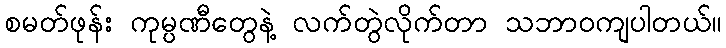
စမတ်ဖုန်း ကုမ္ပဏီတွေနဲ့ လက်တွဲလိုက်တာ သဘာဝကျပါတယ်။